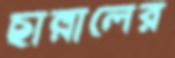
ছাল্লালের